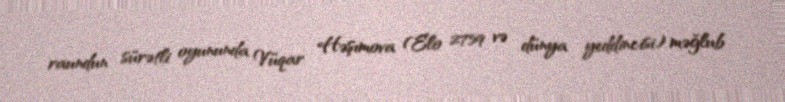
raundun sürətli oyununda Vüqar Həşımova (Elo 2759 və dünya yeddincisi) məğlub